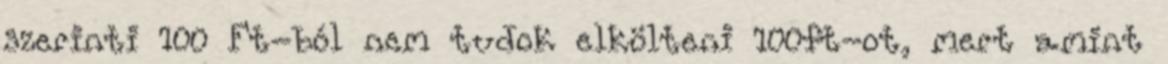
szerinti 100 Ft-ból nem tudok elkölteni 100ft-ot, mert amint